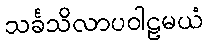
သင်္ခသိလာပဝါဠမယံ